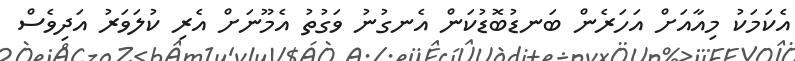
އެކަމަކު މިއާއަށް އަހަރެން ބަނޑުބޮޑުކަން އެނގުނު ވަގުތު އެމޫނަށް އެރި ކުލަވަރު އަދިވެސް